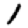
Digit: 1